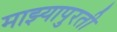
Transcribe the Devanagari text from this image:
माझ्यापुरती